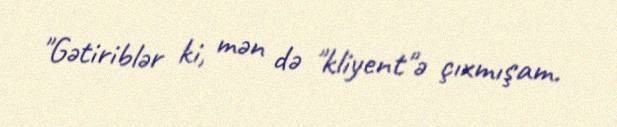
"Gətiriblər ki, mən də "kliyent"ə çıxmışam.